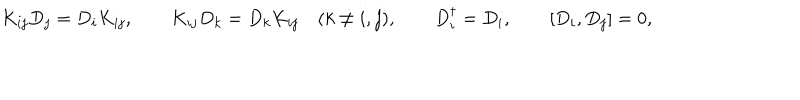
LaTeX: K _ { i j } D _ { j } = D _ { i } K _ { i j } , \qquad K _ { i j } D _ { k } = D _ { k } K _ { i j } \quad ( k \ne i , j ) , \qquad D _ { i } ^ { \dagger } = D _ { i } , \qquad [ D _ { i } , D _ { j } ] = 0 ,